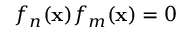
f _ { n } ( \mathbf { x } ) f _ { m } ( \mathbf { x } ) = 0